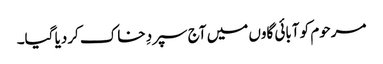
مرحوم کو آبائی گاوں میں آج سپردِ خاک کردیا گیا۔